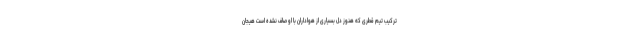
ترکیب تیم قطری که هنوز دل بسیاری از هواداران با او صاف نشده است هیجان